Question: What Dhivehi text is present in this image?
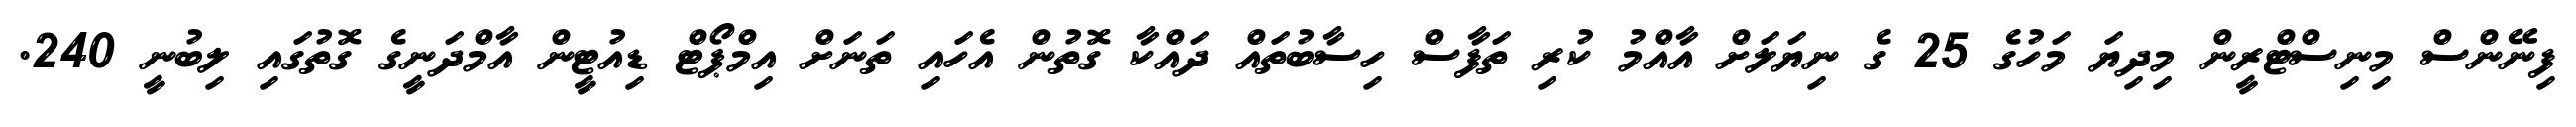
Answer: ފިނޭންސް މިނިސްޓްރީން މިދިޔަ މަހުގެ 25 ގެ ނިޔަލަށް އާއްމު ކުރި ތަފާސް ހިސާބުތައް ދައްކާ ގޮތުން އެހައި ތަނަށް އިމްޕޯޓް ޑިއުޓީން އާމްދަނީގެ ގޮތުގައި ލިބުނީ 240.